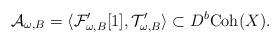
LaTeX: \begin{align*}\mathcal{A}_{\omega, B} = \langle \mathcal{F}_{\omega, B}'[1], \mathcal{T}_{\omega, B}' \rangle \subset D^b \mathrm{Coh}(X). \end{align*}